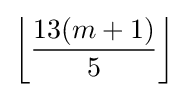
\left\lfloor {\frac {13(m+1)}{5}}\right\rfloor